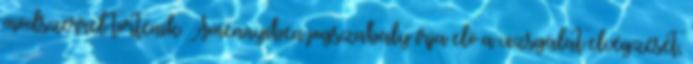
módszerrel történik. Amennyiben jogszabály írja elő a vizsgálat elvégzését,